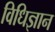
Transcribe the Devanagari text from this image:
विधिज्ञान